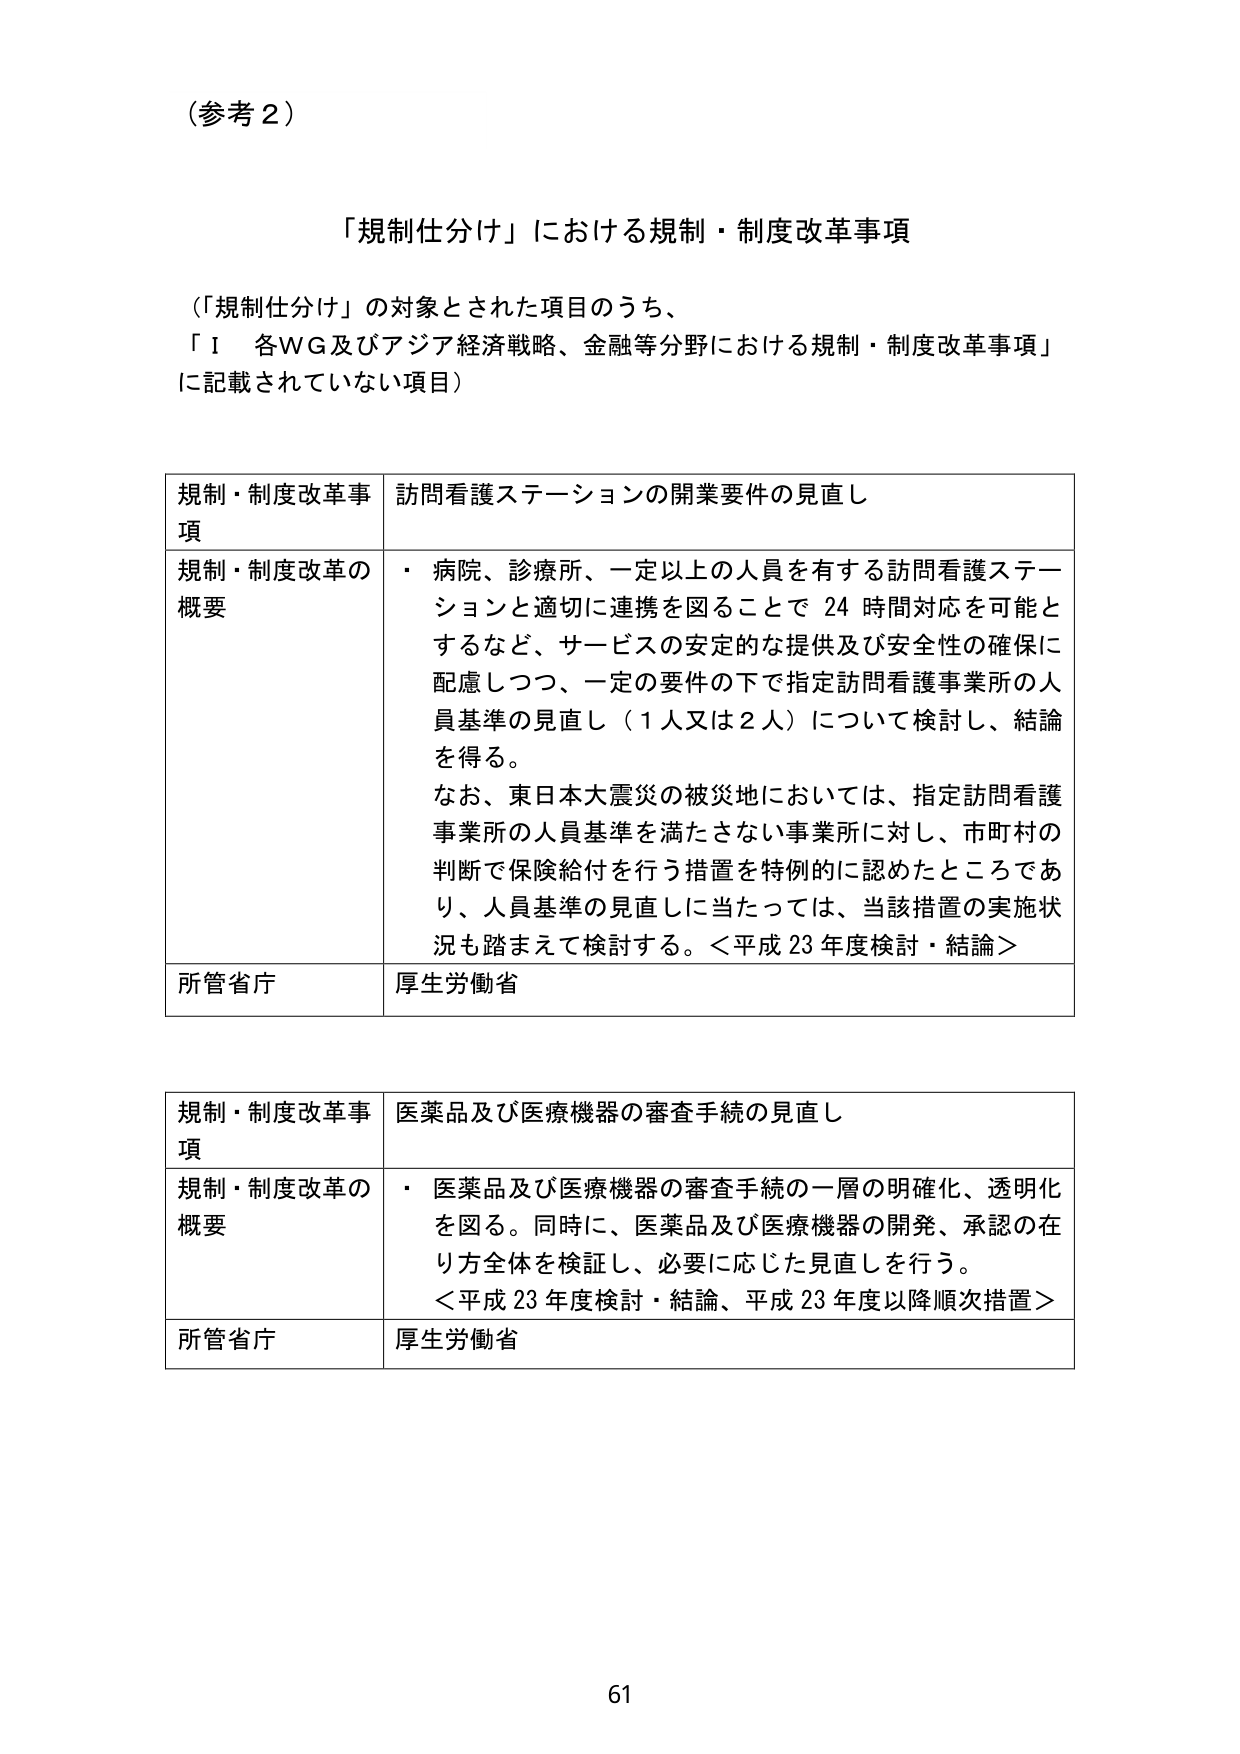
（参考２）

「規制仕分け」における規制・制度改革事項

（「規制仕分け」の対象とされた項目のうち、
「Ⅰ 各WG及びアジア経済戦略、金融等分野における規制・制度改革事項」
に記載されていない項目）

規制・制度改革事項 訪問看護ステーションの開業要件の見直し

規制・制度改革の概要
・ 病院、診療所、一定以上の人員を有する訪問看護ステーションと適切に連携を図ることで 24 時間対応を可能とするなど、サービスの安定的な提供及び安全性の確保に配慮しつつ、一定の要件の下で指定訪問看護事業所の人員基準の見直し（1人又は2人）について検討し、結論を得る。
なお、東日本大震災の被災地においては、指定訪問看護事業所の人員基準を満たさない事業所に対し、市町村の判断で保険給付を行う措置を特例的に認めたところであり、人員基準の見直しに当たっては、当該措置の実施状況も踏まえて検討する。＜平成23年度検討・結論＞

所管省庁 厚生労働省

規制・制度改革事項 医薬品及び医療機器の審査手続の見直し

規制・制度改革の概要
・ 医薬品及び医療機器の審査手続の一層の明確化、透明化を図る。同時に、医薬品及び医療機器の開発、承認の在り方全体を検証し、必要に応じた見直しを行う。
＜平成23年度検討・結論、平成23年度以降順次措置＞

所管省庁 厚生労働省

61